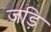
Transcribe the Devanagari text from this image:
जड़ि